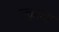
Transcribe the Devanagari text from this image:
क्लुल्स